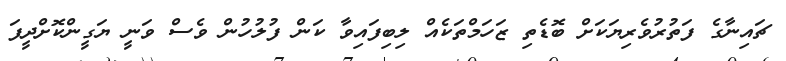
ޗައިނާގެ ފަތުރުވެރިޔަކަށް ބޮޑެތި ޒަހަމްތަކެއް ލިބިފައިވާ ކަން ފުލުހުން ވެސް ވަނީ ޔަގީންކޮށްދީފަ